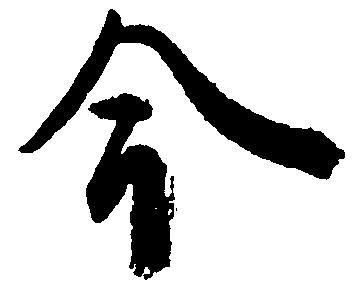
今